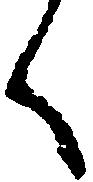
く